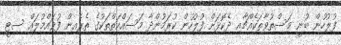
ފުލުހުން ބުނީ މަސްތުވާތަކެއްޗާއި ދެކޮޅަށް ފުލުހުން ކުރަމުންދާ މަސައްކަތްތަކުގެ ތެރެއިން ފުވައްމުލައް ސިޓީ